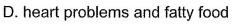
D. heart problems and fatty food